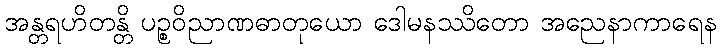
အန္တရဟိတန္တိ ပဉ္စဝိညာဏဓာတုယော ဒေါမနဿိတော အညေနာကာရေန